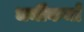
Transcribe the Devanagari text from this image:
धर्मीकर्मा